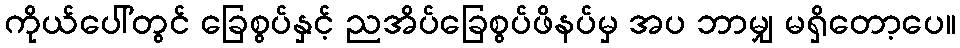
ကိုယ်ပေါ်တွင် ခြေစွပ်နှင့် ညအိပ်ခြေစွပ်ဖိနပ်မှ အပ ဘာမျှ မရှိတော့ပေ။